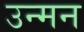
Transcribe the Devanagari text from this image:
उन्मन